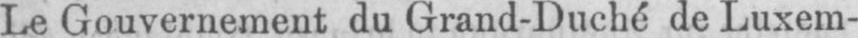
Le Gouvernement du Grand-Duché de Luxem-